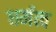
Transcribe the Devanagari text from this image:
धर्मत्व